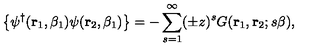
\left\{ \psi ^ { \dagger } ( { \bf r } _ { 1 } , \beta _ { 1 } ) \psi ( { \bf r } _ { 2 } , \beta _ { 1 } ) \right\} = - \sum _ { s = 1 } ^ { \infty } ( \pm z ) ^ { s } G ( { \bf r } _ { 1 } , { \bf r } _ { 2 } ; s \beta ) ,